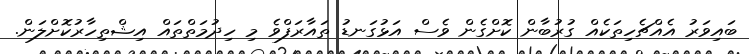
ބައިވަރު އެއްޗެހިތަކެއް ގުރުބާން ކޮށްގެން ވެސް އަޅުގަނޑު ތައާރަފްވެ މި ހިދުމަތްތައް އިޝްތިހާރުކޮށްލަން.